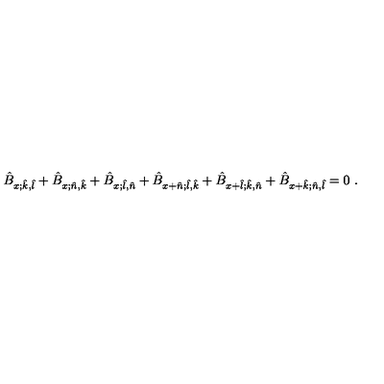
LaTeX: \hat { B } _ { x ; \hat { k } , \hat { l } } + \hat { B } _ { x ; \hat { n } , \hat { k } } + \hat { B } _ { x ; \hat { l } , \hat { n } } + \hat { B } _ { x + \hat { n } ; \hat { l } , \hat { k } } + \hat { B } _ { x + \hat { l } ; \hat { k } , \hat { n } } + \hat { B } _ { x + \hat { k } ; \hat { n } , \hat { l } } = 0 \ .